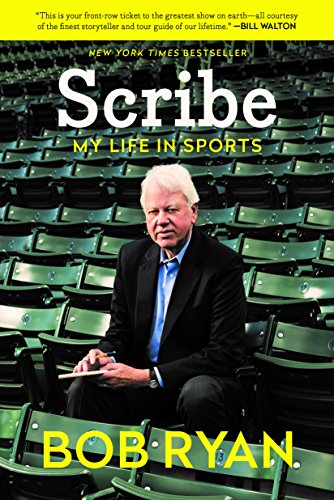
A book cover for Scribe: My Life in Sports; Bob Ryan; Sports & Outdoors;